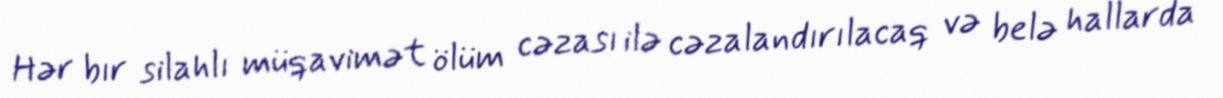
Hər bır silahlı müqavimət ölüm cəzası ilə cəzalandırılacaq və belə hallarda